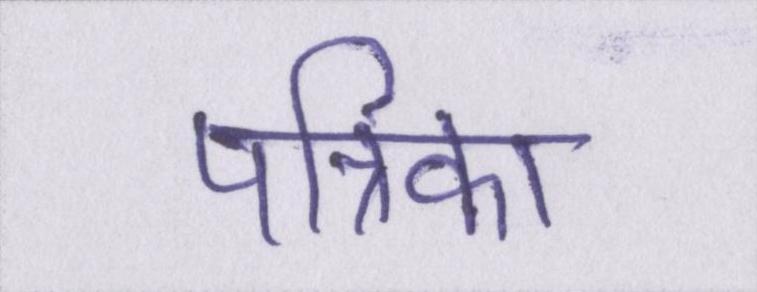
पत्रिका